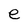
Character: e